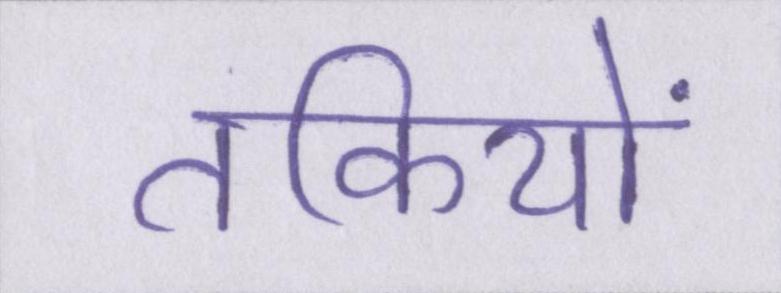
तकियों